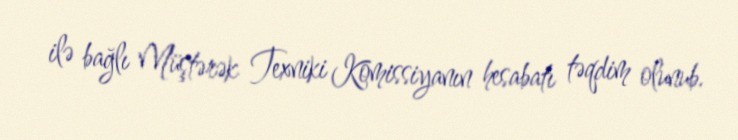
ilə bağlı Müştərək Texniki Komissiyanın hesabatı təqdim olunub.